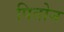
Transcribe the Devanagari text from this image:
पितोन